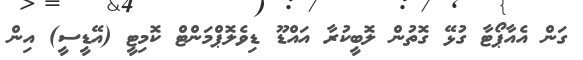
ގަން އެއާޕޯޓާ ގުޅޭ ގޮތުން ލޮބީކުރާ އައްޑޫ ޑިވެލޮޕްމަންޓް ކޮމިޓީ (އޭޑީސީ) އިން